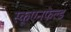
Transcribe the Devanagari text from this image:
स्कूएनफेल्ड